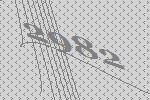
2982